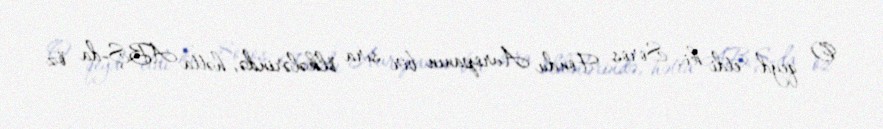
O qeyd etdi ki, Soros Fondu Avropanın bir sıra ölkələrində, hətta ABŞ-da öz